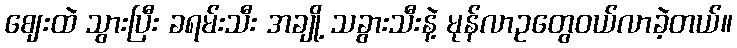
ဈေးထဲ သွားပြီး ခရမ်းသီး အချို့ သခွားသီးနဲ့ မုန်လာဥတွေဝယ်လာခဲ့တယ်။